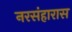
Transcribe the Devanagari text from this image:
नरसंहारास